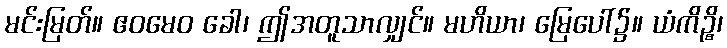
မင်းမြတ်။ ဧဝမေဝ ခေါ၊ ဤအတူသာလျှင်။ မဟိယာ၊ မြေပေါ်၌။ ယံကိဉ္စိ၊